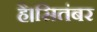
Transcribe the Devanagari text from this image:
है।सितंबर